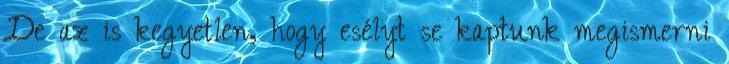
De az is kegyetlen, hogy esélyt se kaptunk megismerni